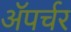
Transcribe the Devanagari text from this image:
ॲपर्चर